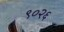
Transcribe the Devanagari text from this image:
९०२६